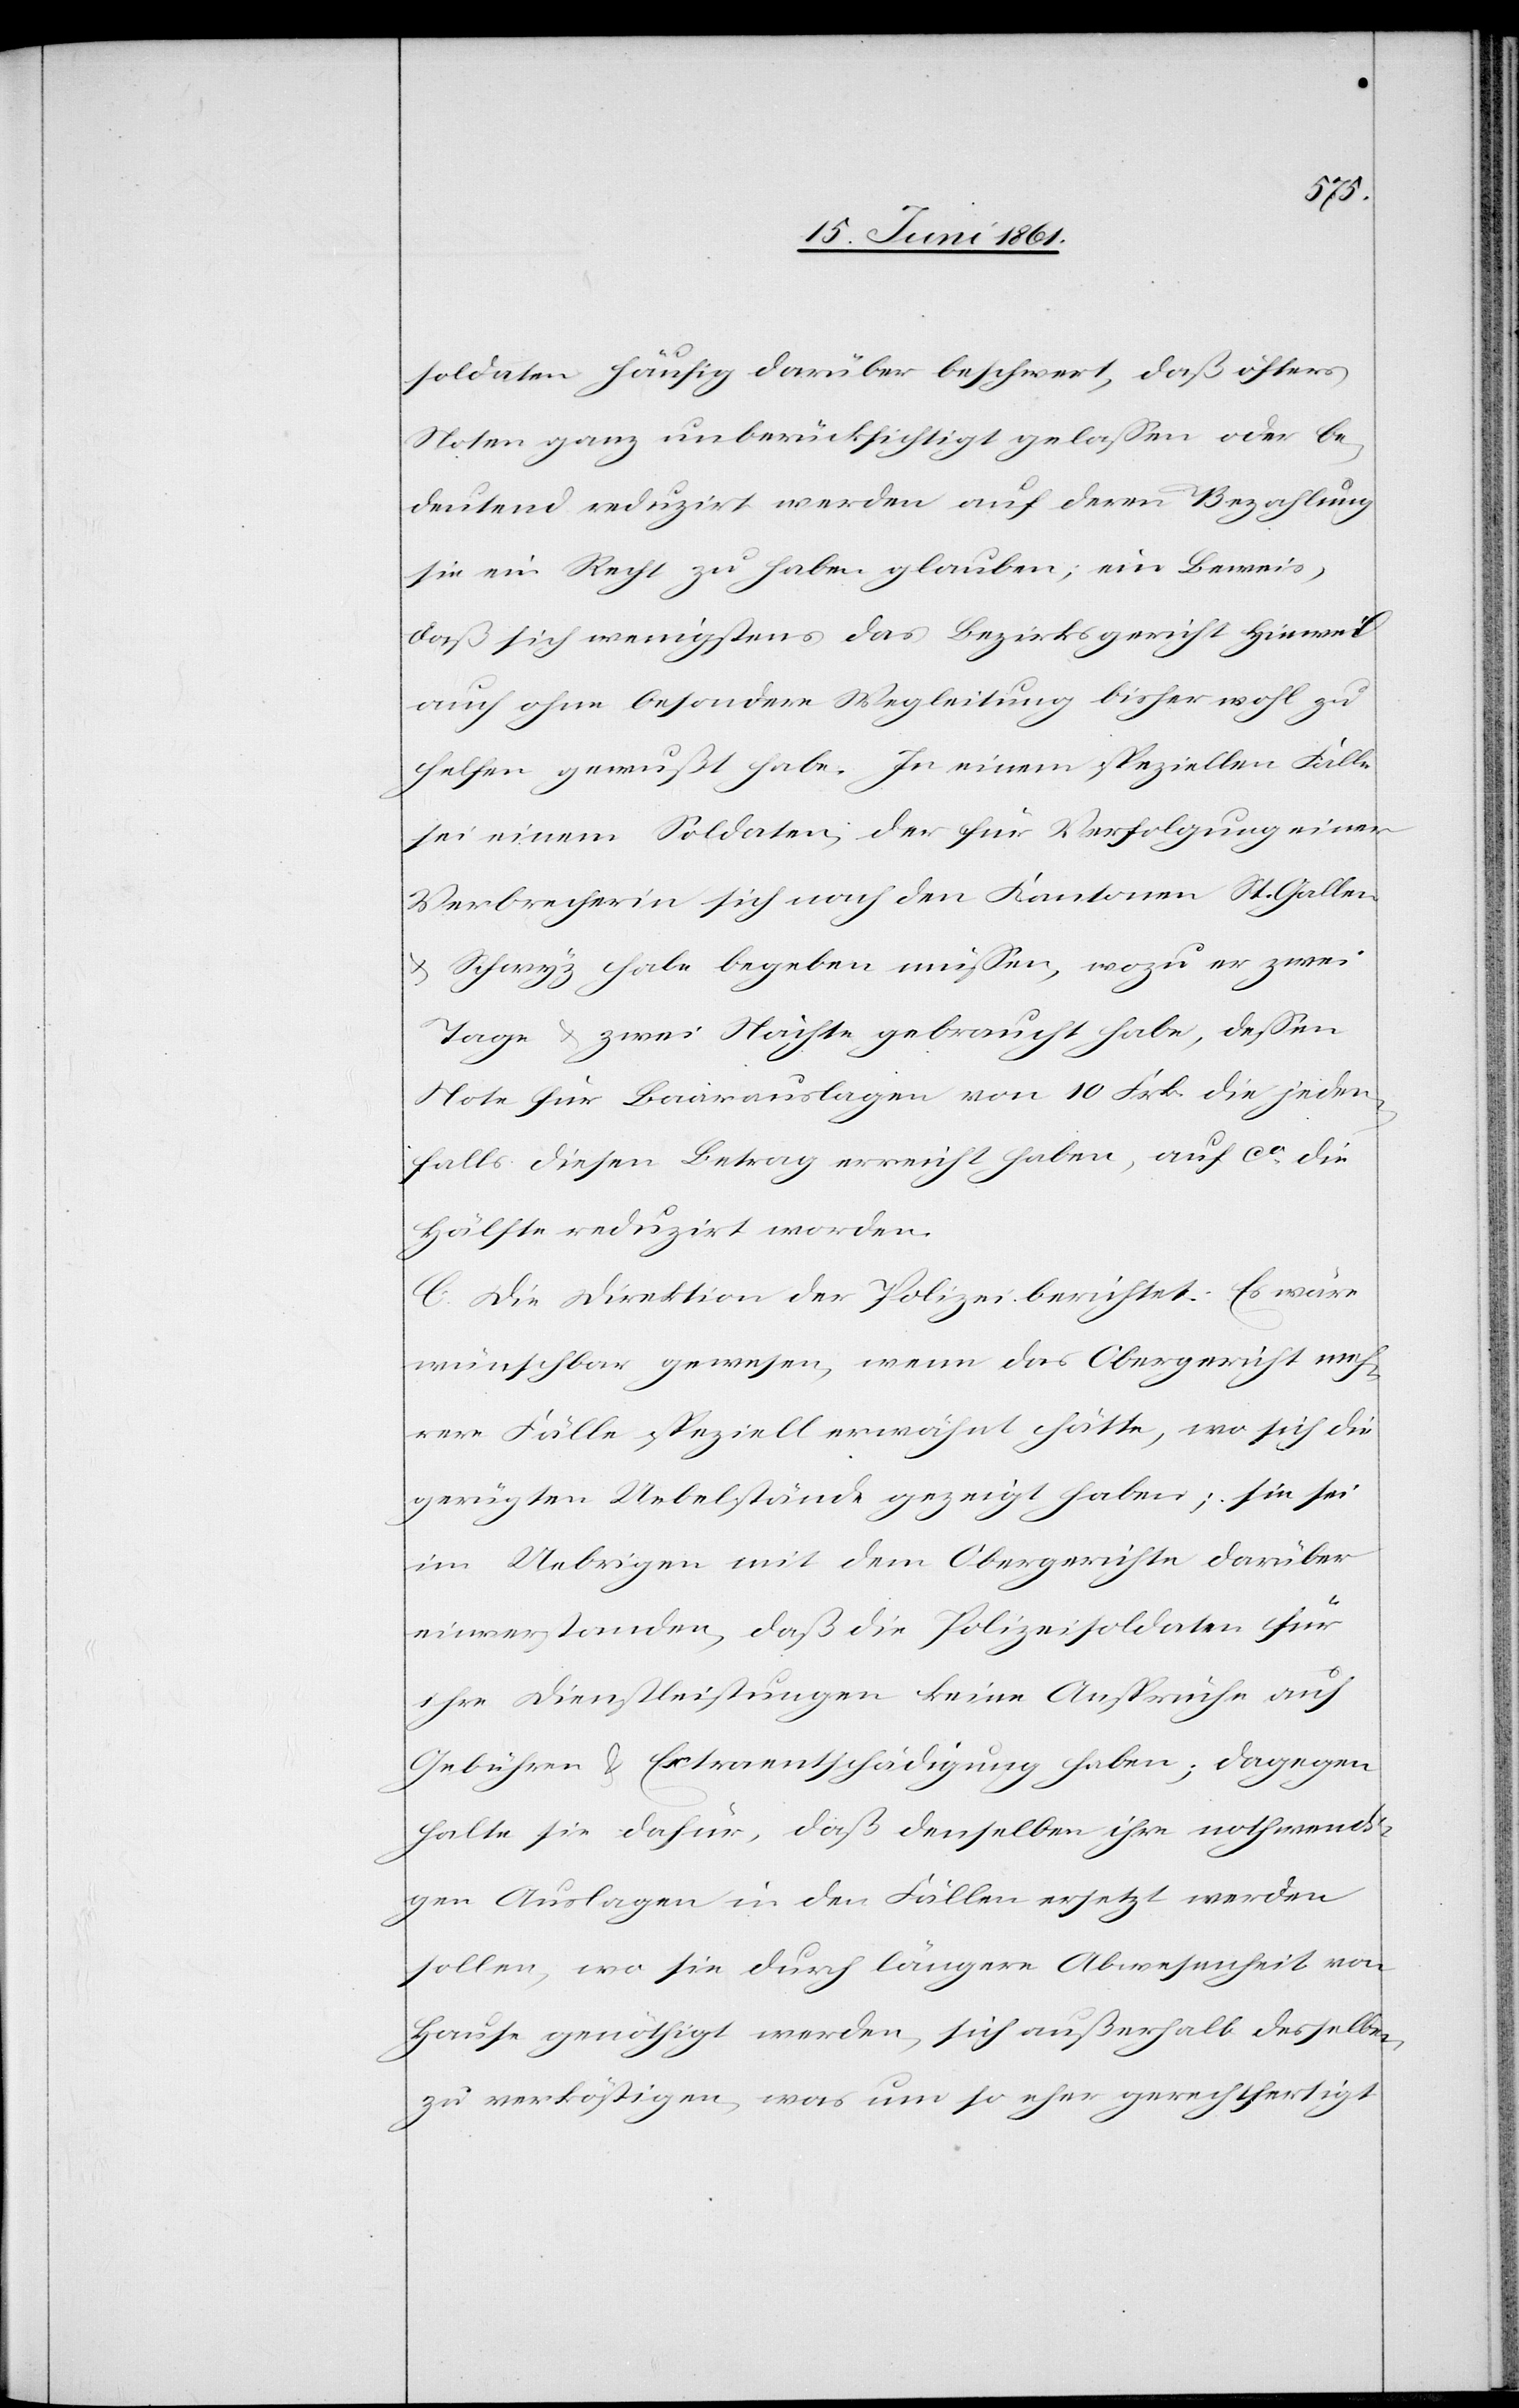
soldaten häufig darüber beschwert, daß öfters
Noten ganz unberücksichtigt gelassen oder be¬
deutend reduzirt werden auf deren Bezahlung
sie ein Recht zu haben glauben, ein Beweis,
daß sich wenigstens das Bezirksgericht Hinweil
auch ohne besondere Wegleitung bisher wohl zu
helfen gewußt habe. In einem speziellen Falle
sei einem Soldaten, der für Verfolgung einer
Verbrecherin sich nach den Kantonen St. Gallen
u. Schwyz habe begeben müssen, wozu er zwei
Tage u. zwei Nächte gebraucht habe, dessen
Note für Baarauslagen von 10 Frk. die jeden¬
falls diesen Betrag erreicht haben, auf ca die
Hälfte reduzirt worden.
C. Die Direktion der Polizei berichtet: Es wäre
wünschbar gewesen, wenn das Obergericht meh¬
rere Fälle speziell erwähnt hätte, wo sich die
gerügten Uebelstände gezeigt haben; sie sei
im Uebrigen mit dem Obergerichte darüber
einverstanden, daß die Polizeisoldaten für
ihre Dienstleistungen keine Ansprüche auf
Gebühren u. Extraentschädigung haben; dagegen
halte sie dafür, daß denselben ihre nothwendi¬
gen Auslagen in den Fällen ersetzt werden
sollen, wo sie durch längere Abwesenheit von
Hause genöthigt werden, sich außerhalb desselben
zu verköstigen, was um so eher gerechtfertigt